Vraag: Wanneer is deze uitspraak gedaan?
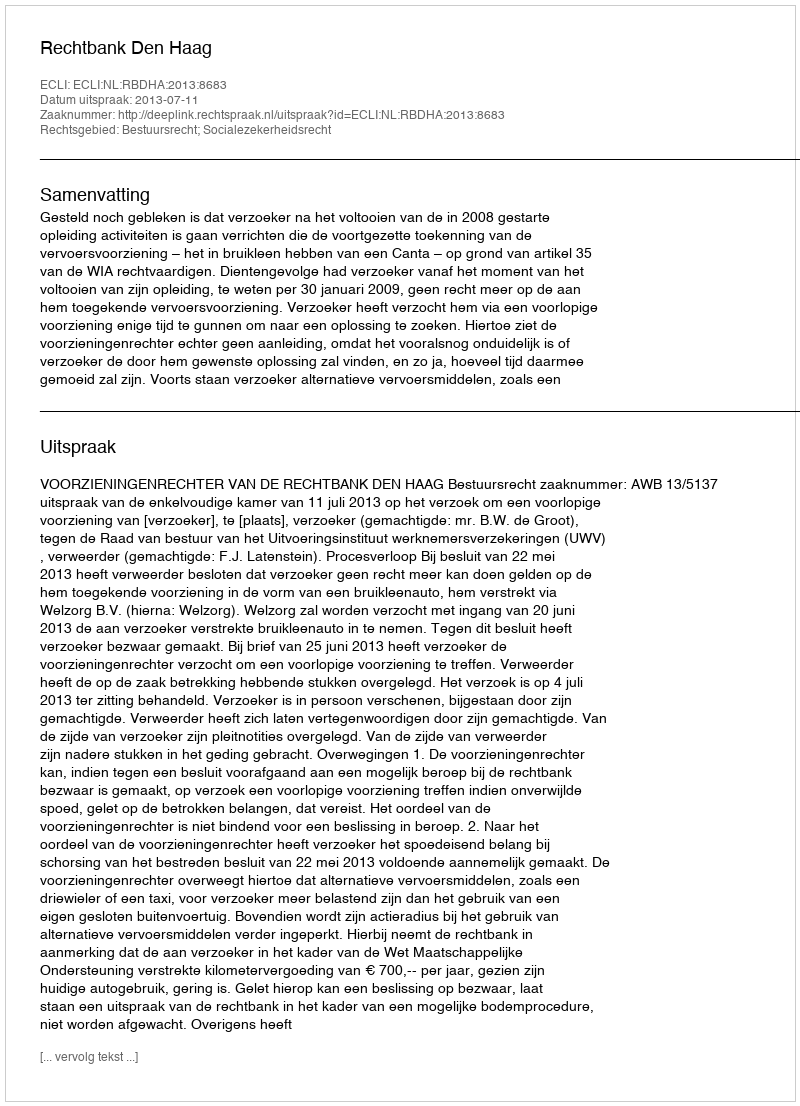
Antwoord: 2013-07-11